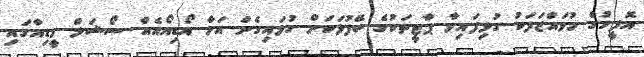
އޮފީހުގެ މުވައްޒަފަކު ގުޅިފައިވާ ޕާޓީތަކުގެ ބޭފުޅަކަށް ގުޅައިގެން އަހާ އޯޑިއޯއެއް ސޯޝަލް މީޑިއާގައި